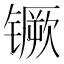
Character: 镢